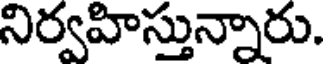
నిర్వహిస్తున్నారు.